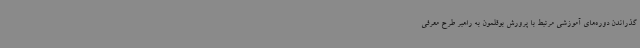
گذراندن دوره‌های آموزشی مرتبط با پرورش بوقلمون به راهبر طرح معرفی